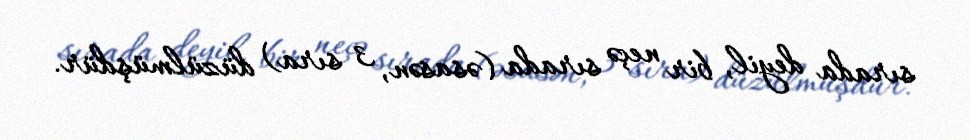
sırada deyil, bir neçə sırada (əsasən, 3 sıra) düzülmüşdür.